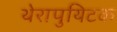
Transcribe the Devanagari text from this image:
थेरापुयिटक